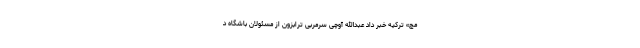
مچ» ترکیه خبر داد عبدالله آوچی سرمربی ترابزون از مسئولان باشگاه د